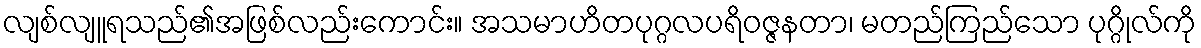
လျစ်လျူရသည်၏အဖြစ်လည်းကောင်း။ အသမာဟိတပုဂ္ဂလပရိဝဇ္ဇနတာ၊ မတည်ကြည်သော ပုဂ္ဂိုလ်ကို